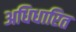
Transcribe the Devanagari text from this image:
अधिधारित